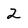
Character: 2